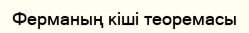
Ферманың кіші теоремасы